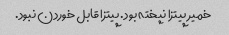
خمیر پیتزا نپخته بود. پیتزا قابل خوردن نبود.